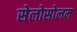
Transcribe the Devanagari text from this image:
सेलोसोलम